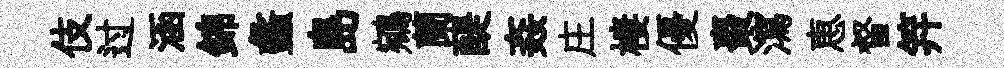
伎过涵錦蠡島鵷蘭醍姦庄棲優棗瀉恵督笄